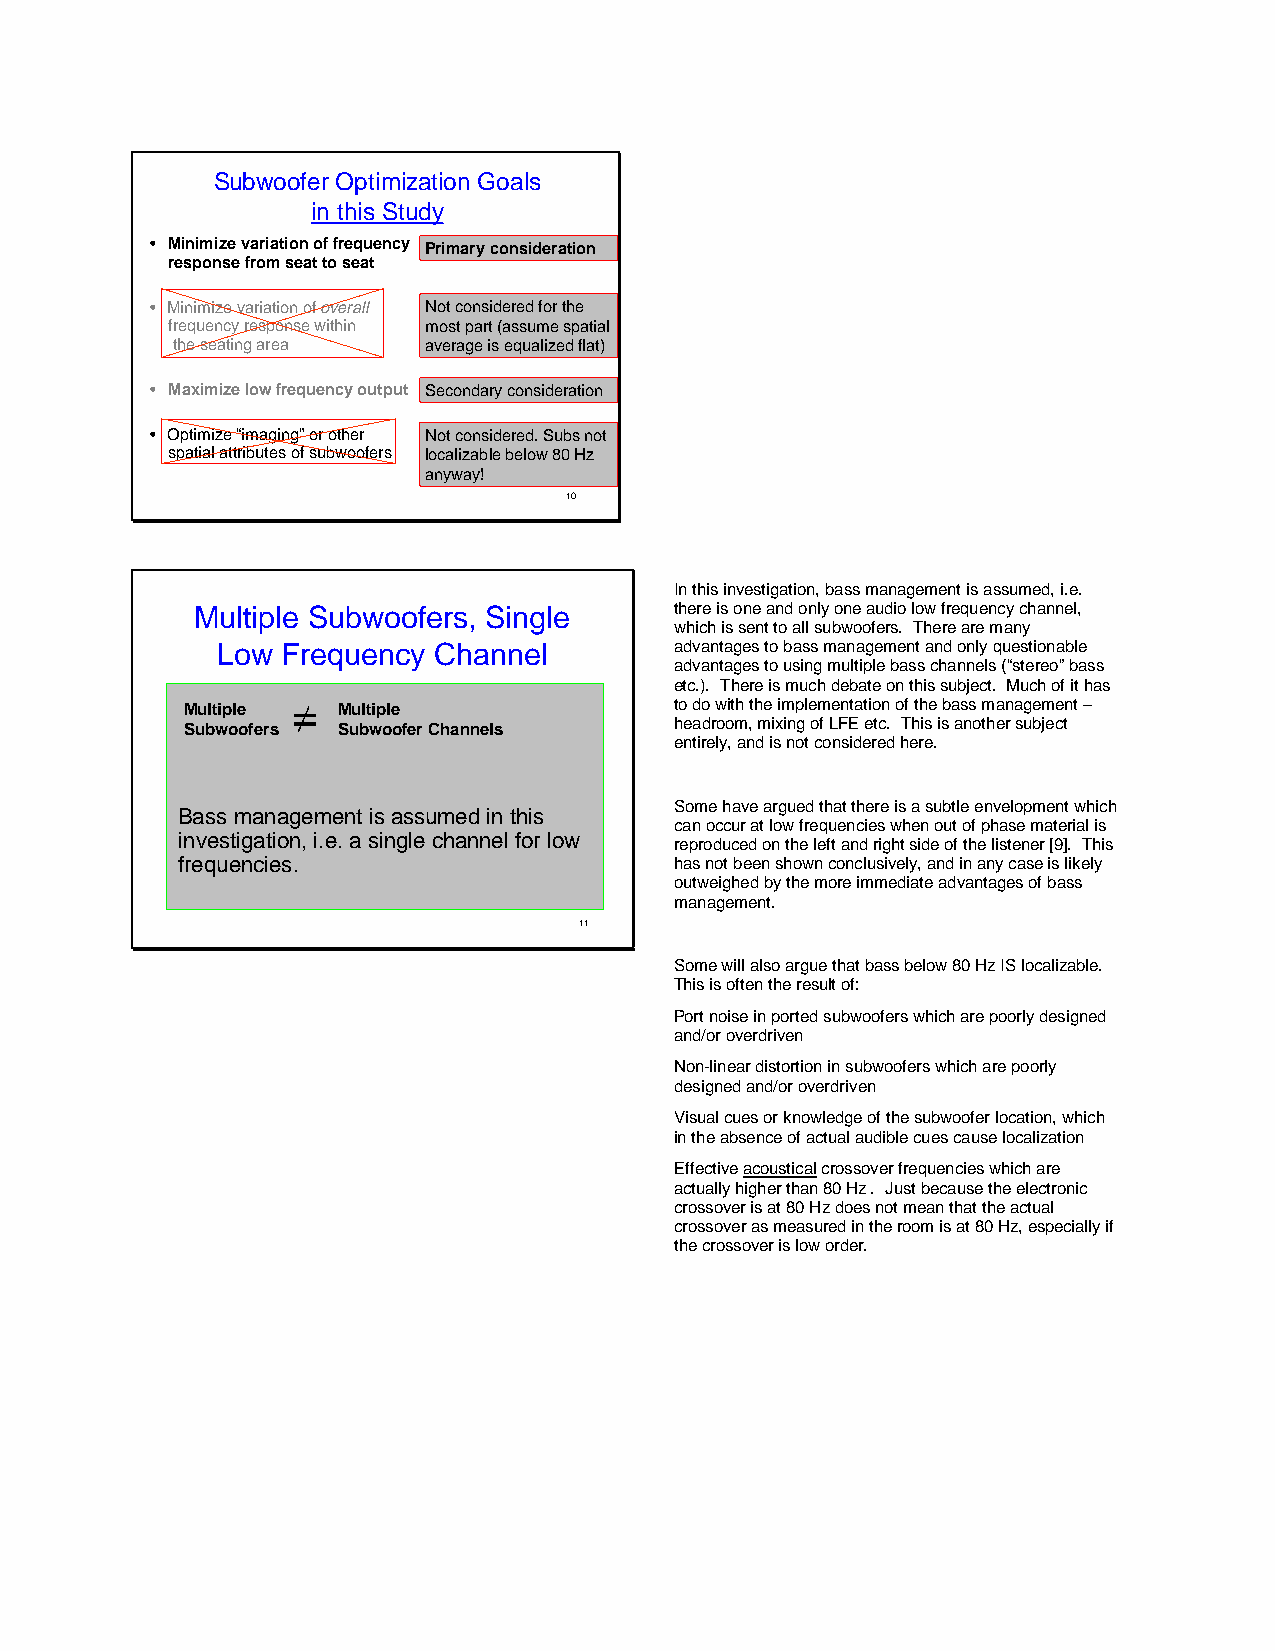
Subwoofer Optimization Goals
 in this Study
 • Minimize variation of frequency Primary consideration
 response from seat to seat
 • Minimize variation of overall Not considered for the
 frequency response within most part (assume spatial
 the seating area average is equalized flat)
 • Maximize low frequency output Secondary consideration
 • Optimize “imaging” or other Not considered. Subs not
 spatial attributes of subwoofers localizable below 80 Hz
 anyway!
 10
 In this investigation, bass management is assumed, i.e.
 Multiple Subwoofers, Single     there is one and only one audio low frequency channel,
 which is sent to all subwoofers. There are many
 Low  Frequency Channel         advantages to bass management and only questionable
 advantages to using multiple bass channels (“stereo” bass
 etc.). There is much debate on this subject. Much of it has
 Multiple == Multiple             to do with the implementation of the bass management –
 Subwoofers Subwoofer Channels    headroom, mixing of LFE etc. This is another subject
 entirely, and is not considered here.
 Some have argued that there is a subtle envelopment which
 Bass management is assumed in this
 can occur at low frequencies when out of phase material is
 investigation, i.e. a single channel for low
 reproduced on the left and right side of the listener [9]. This
 frequencies.                     has not been shown conclusively, and in any case is likely
 outweighed by the more immediate advantages of bass
 management.
 11
 Some will also argue that bass below 80 Hz IS localizable.
 This is often the result of:
 Port noise in ported subwoofers which are poorly designed
 and/or overdriven
 Non-linear distortion in subwoofers which are poorly
 designed and/or overdriven
 Visual cues or knowledge of the subwoofer location, which
 in the absence of actual audible cues cause localization
 Effective acoustical crossover frequencies which are
 actually higher than 80 Hz . Just because the electronic
 crossover is at 80 Hz does not mean that the actual
 crossover as measured in the room is at 80 Hz, especially if
 the crossover is low order.